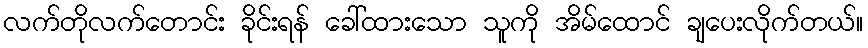
လက်တိုလက်တောင်း ခိုင်းရန် ခေါ်ထားသော သူကို အိမ်ထောင် ချပေးလိုက်တယ်။